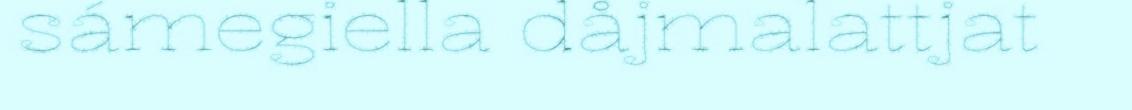
sámegiella dåjmalattjat